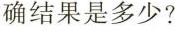
确结果是多少?